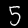
Digit: 5